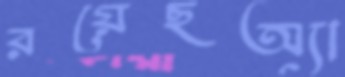
রয়েছঅ্যা